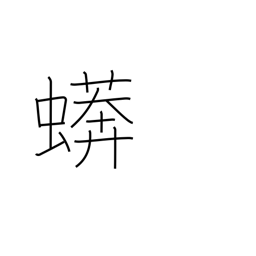
Meaning: boa constrictor